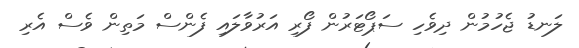
ލަނޑު ޖެހުމުން ދިވެހި ސަޕޯޓަރުން ފޯރި އަރުވާލައި ފެންސް މަތިން ވެސް އެރި